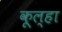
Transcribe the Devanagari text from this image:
कूल्‍हा